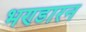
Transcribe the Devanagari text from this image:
भण्डारन